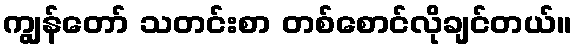
ကျွန်တော် သတင်းစာ တစ်စောင်လိုချင်တယ်။